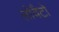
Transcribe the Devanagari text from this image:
लोवैटो